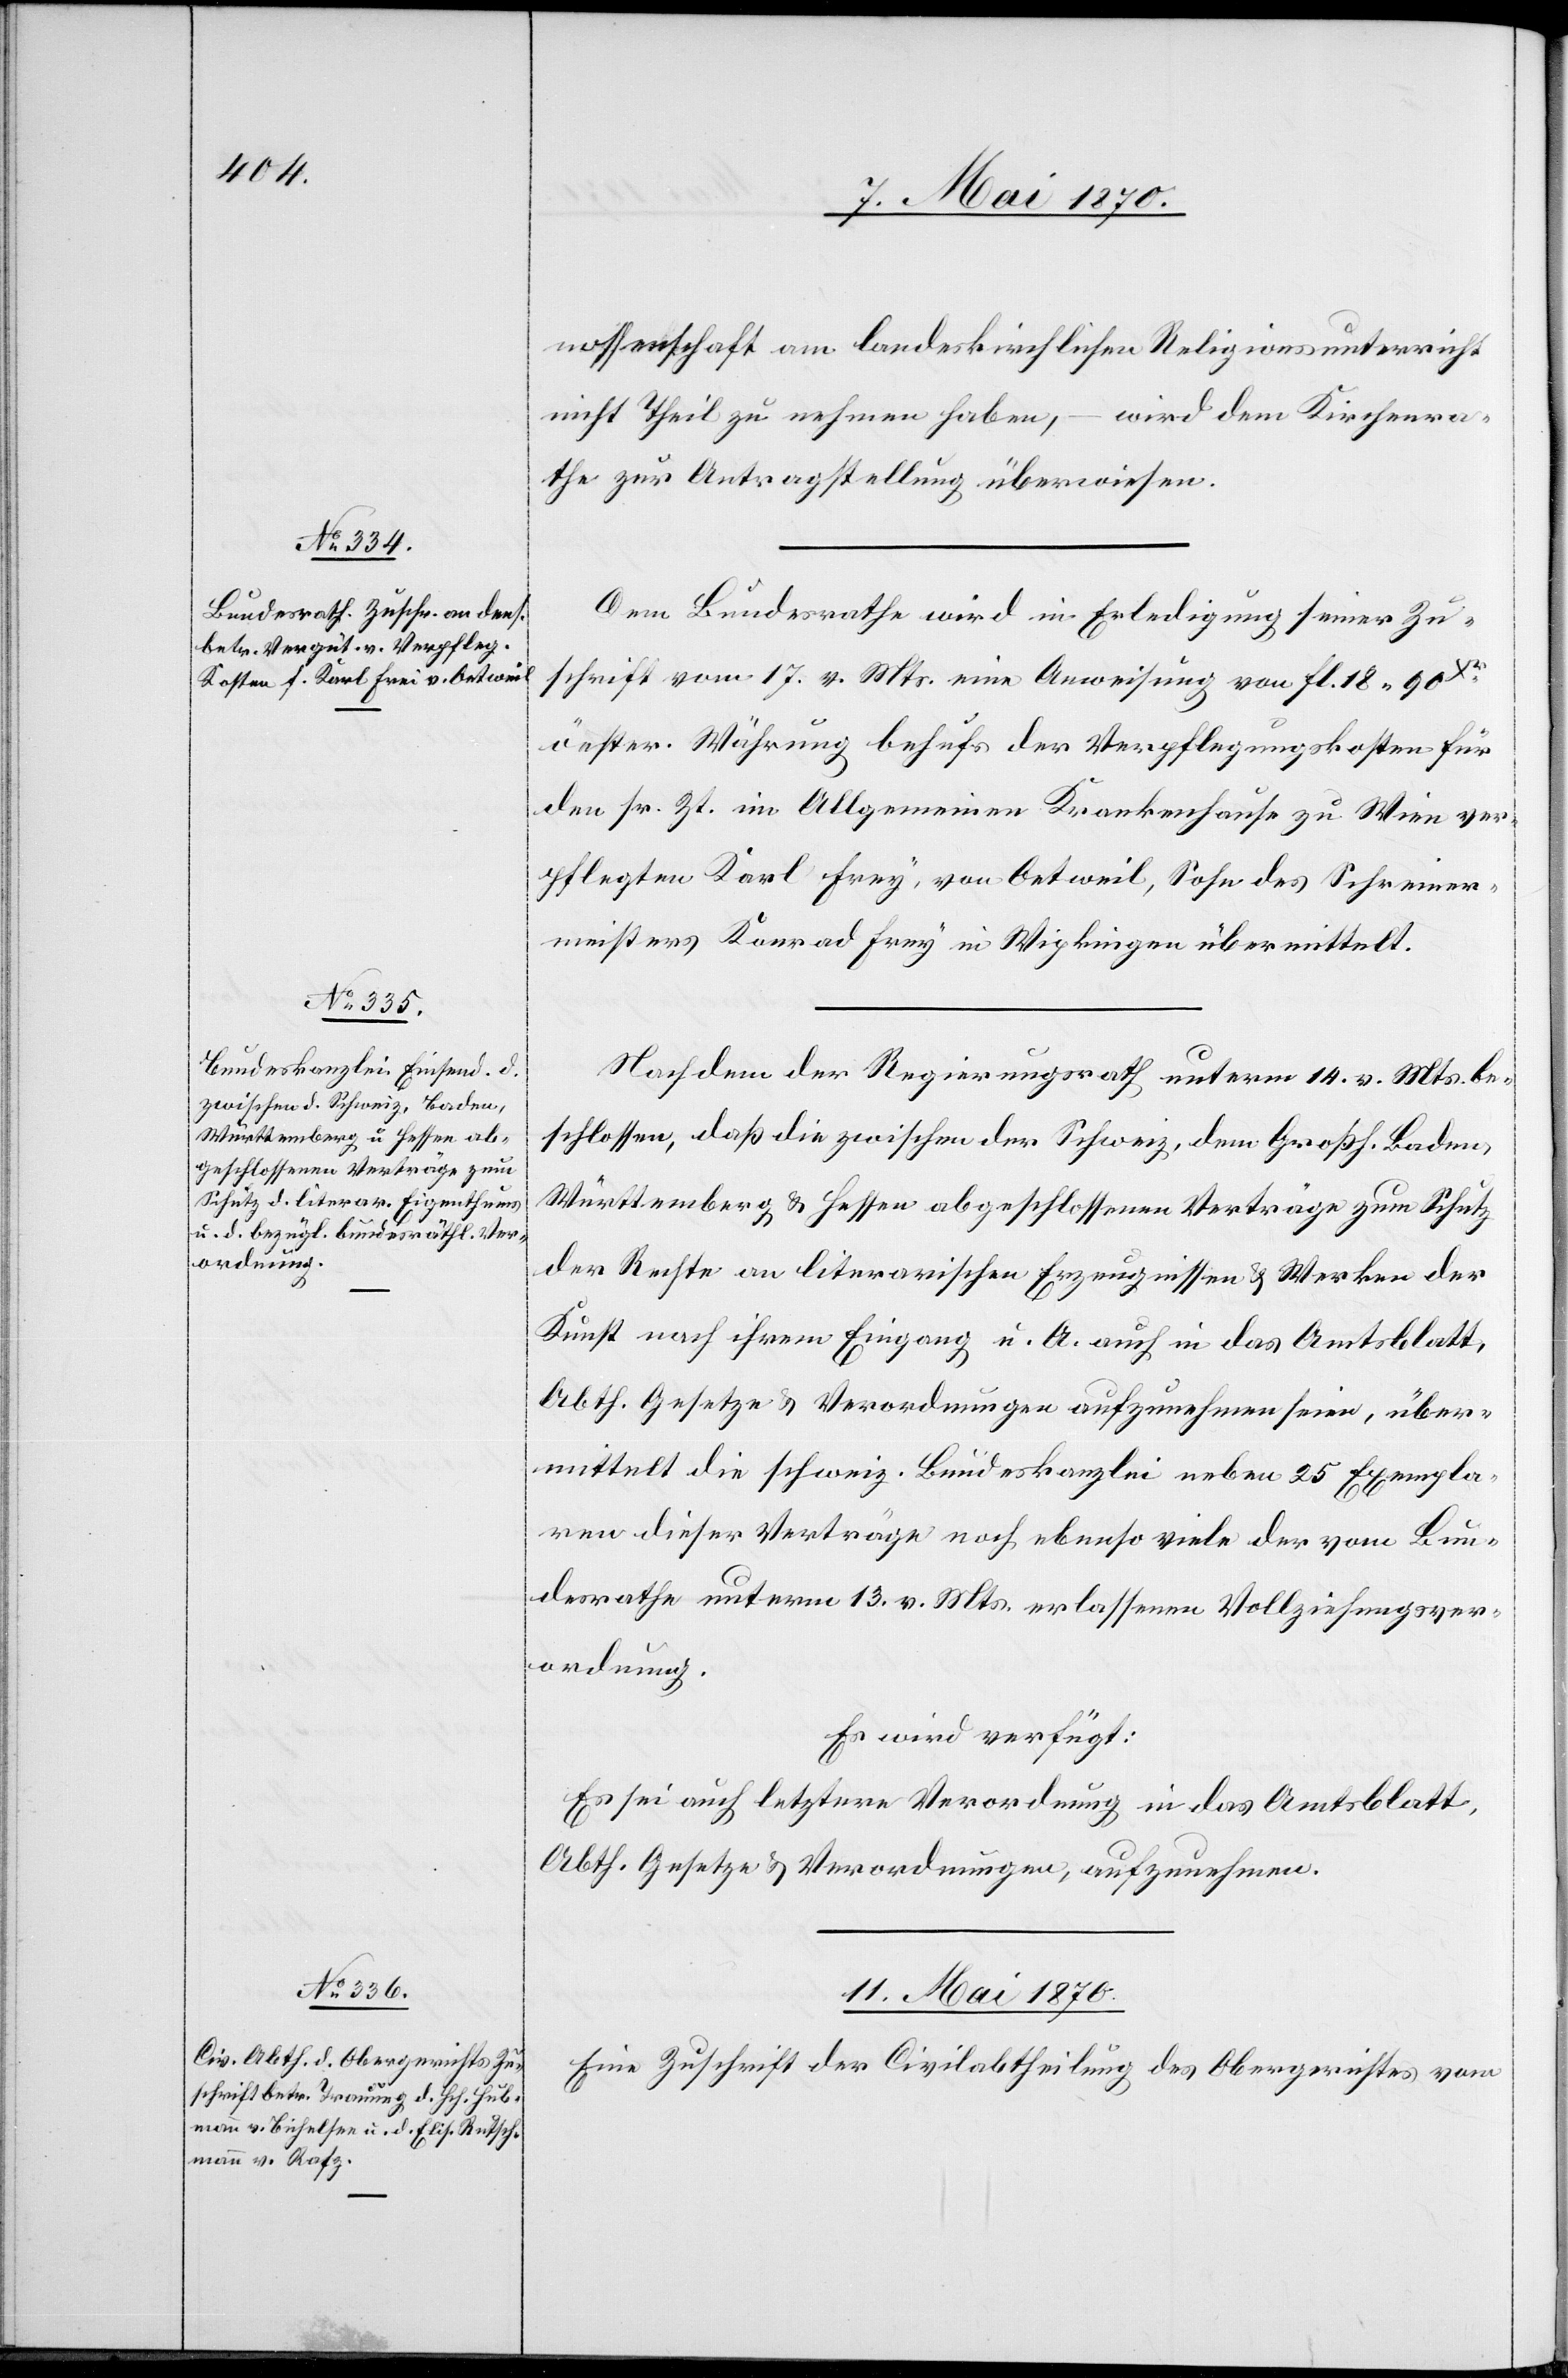
nossenschaft am landeskirchlichen Religionsunterricht
nicht Theil zu nehmen haben, – wird dem Kirchenra¬
the zur Antragstellung überwiesen.
Dem Bundesrathe wird in Erledigung seiner Zu¬
schrift vom 17. v. Mts. eine Anweisung von fl. 18. 90
[sic!] Währung behufs der Verpflegungskosten für
den sr. Zt. im Allgemeinen Krankenhause zu Wien ver¬
pflegten Karl Frey, von Oetweil, Sohn des Schreiner¬
meisters Konrad Frey in Wipkingen übermittelt.
Nachdem der Regierungsrath unterm 14. v. Mts. be¬
schlossen, daß die zwischen der Schweiz, dem Großh. Baden
Württemberg & Hessen abgeschlossenen Verträge zum Schutz
der Rechte an literarischen Erzeugnissen & Werken der
Kunst nach ihrem Eingang u. A. auch in das Amtsblatt,
Abth. Gesetze & Verordnungen aufzunehmen seien, über¬
mittelt die schweiz. Bundeskanzlei neben 25 Exempla¬
ren dieser Verträge noch ebenso viele der vom Bun¬
desrathe unterm 13. v. Mts. erlassenen Vollziehungsver¬
ordnung.
Es wird verfügt:
Es sei auch letztere Verordnung in das Amtsblatt,
Abth. Gesetze & Verordnungen, aufzunehmen.
11. Mai 1870.
Eine Zuschrift der Civilabtheilung des Obergerichtes vom